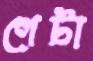
গেটা